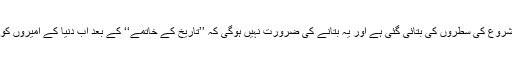
امیروں کےپہلے سے زیادہ امیر ہونے کی رفتار اس کالم کے شروع کی سطروں کی بتائی گئی ہے اور یہ بتانے کی ضرورت نہیں ہوگی کہ ’’تاریخ کے خاتمے‘‘ کے بعد اب دنیا کے امیروں کو کسی خونی انقلاب کا اندیشہ نہیں رہا اور راوی چین لکھتا ہے۔